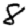
Digit: 8